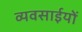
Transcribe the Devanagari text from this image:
व्यवसाईयों